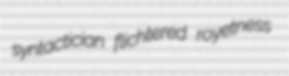
syntactician flichtered royetness